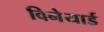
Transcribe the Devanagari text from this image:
विनेयार्ड